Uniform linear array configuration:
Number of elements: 4
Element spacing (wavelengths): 0.5
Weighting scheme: exponential
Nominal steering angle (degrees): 45
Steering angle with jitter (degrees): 46.453
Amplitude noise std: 0.05
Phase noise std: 0.05

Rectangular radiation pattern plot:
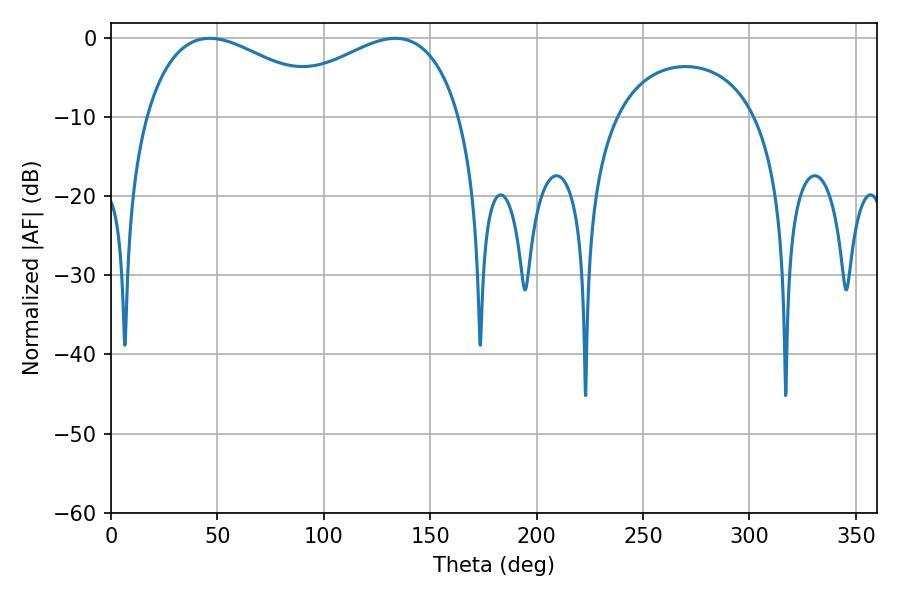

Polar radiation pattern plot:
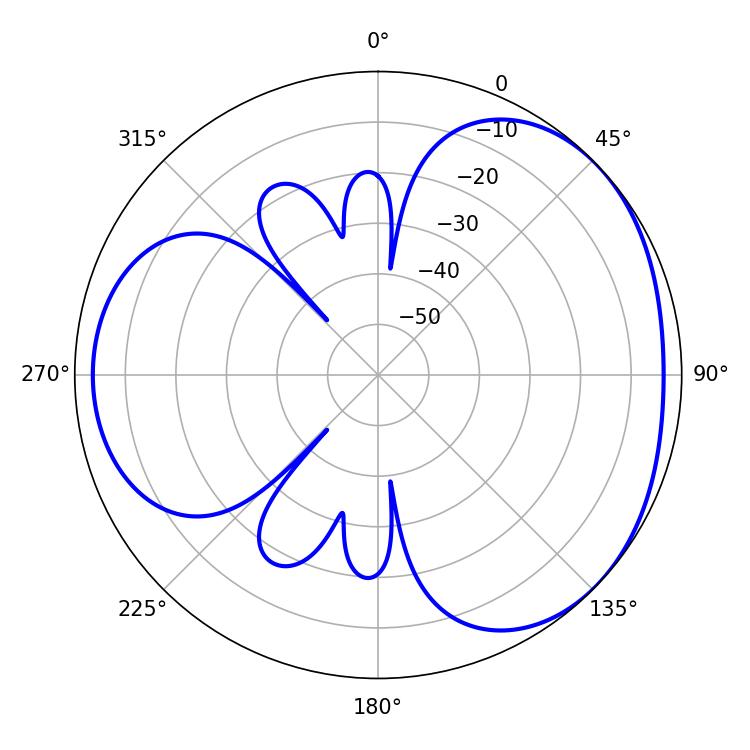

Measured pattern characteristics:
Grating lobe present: FALSE
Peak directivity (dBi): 3.296
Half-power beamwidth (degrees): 50.22
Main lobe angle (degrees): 46.44